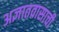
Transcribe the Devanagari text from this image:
अज्ञातवासाची